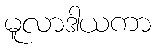
မူလာဒါယကာ